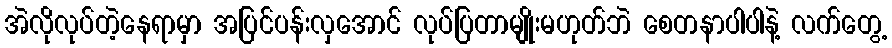
အဲလိုလုပ်တဲ့နေရာမှာ အပြင်ပန်းလှအောင် လုပ်ပြတာမျိုးမဟုတ်ဘဲ စေတနာပါပါနဲ့ လက်တွေ့